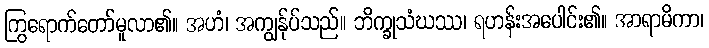
ကြွရောက်တော်မူလာ၏။ အဟံ၊ အကျွန်ုပ်သည်။ ဘိက္ခုသံဃဿ၊ ရဟန်းအပေါင်း၏။ အာရာမိကာ၊